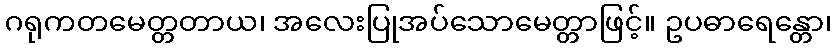
ဂရုကတမေတ္တတာယ၊ အလေးပြုအပ်သောမေတ္တာဖြင့်။ ဥပဓာရေန္တော၊